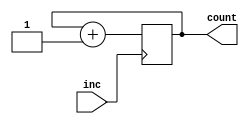
`timescale 1ns / 1ps
//////////////////////////////////////////////////////////////////////////////////
// Company: 
// Engineer: 
// 
// Design Name: 
// Module Name: counter_16bit
// Project Name: 
// Target Devices: 
// Tool Versions: 
// Description: 
// 
// Dependencies: 
// 
// Revision:
// Revision 0.01 - File Created
// Additional Comments:
// 
//////////////////////////////////////////////////////////////////////////////////


module counter_2bit(
    //input clk,
    input inc,
    output reg [1:0] count
    );
    always @ (posedge inc) begin
   //if(inc == 1)
            count <= count + 1;    
    end
endmodule